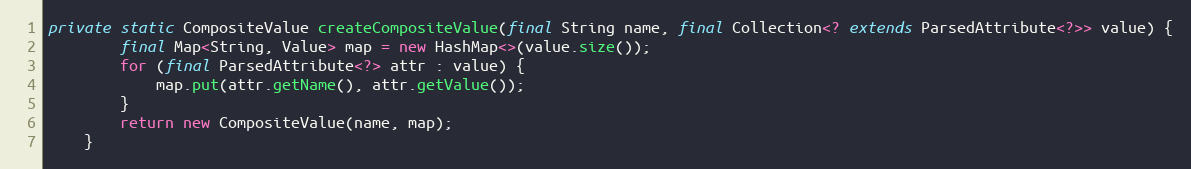
Language: Java
private static CompositeValue createCompositeValue(final String name, final Collection<? extends ParsedAttribute<?>> value) {
		final Map<String, Value> map = new HashMap<>(value.size());
    	for (final ParsedAttribute<?> attr : value) {
    		map.put(attr.getName(), attr.getValue());
    	}
		return new CompositeValue(name, map);
	}